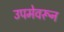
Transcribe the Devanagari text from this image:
उपमेवरून